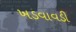
ખડવાવડી